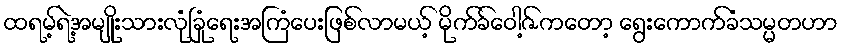
ထရမ့်ရဲ့အမျိုးသားလုံခြုံရေးအကြံပေးဖြစ်လာမယ့် မိုက်ခ်ဝေါ့ဇ်ကတော့ ရွေးကောက်ခံသမ္မတဟာ